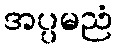
အပ္ပမညံ